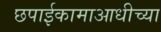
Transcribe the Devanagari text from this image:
छपाईकामाआधीच्या